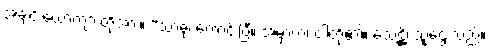
အချင်းယောကျ်ားတို့အား။ “သာဓု၊ ကောင်းပြီ။ အမှာကံ၊ ငါတို့၏။ သေဋ္ဌိ၊ သူဌေးသည်။